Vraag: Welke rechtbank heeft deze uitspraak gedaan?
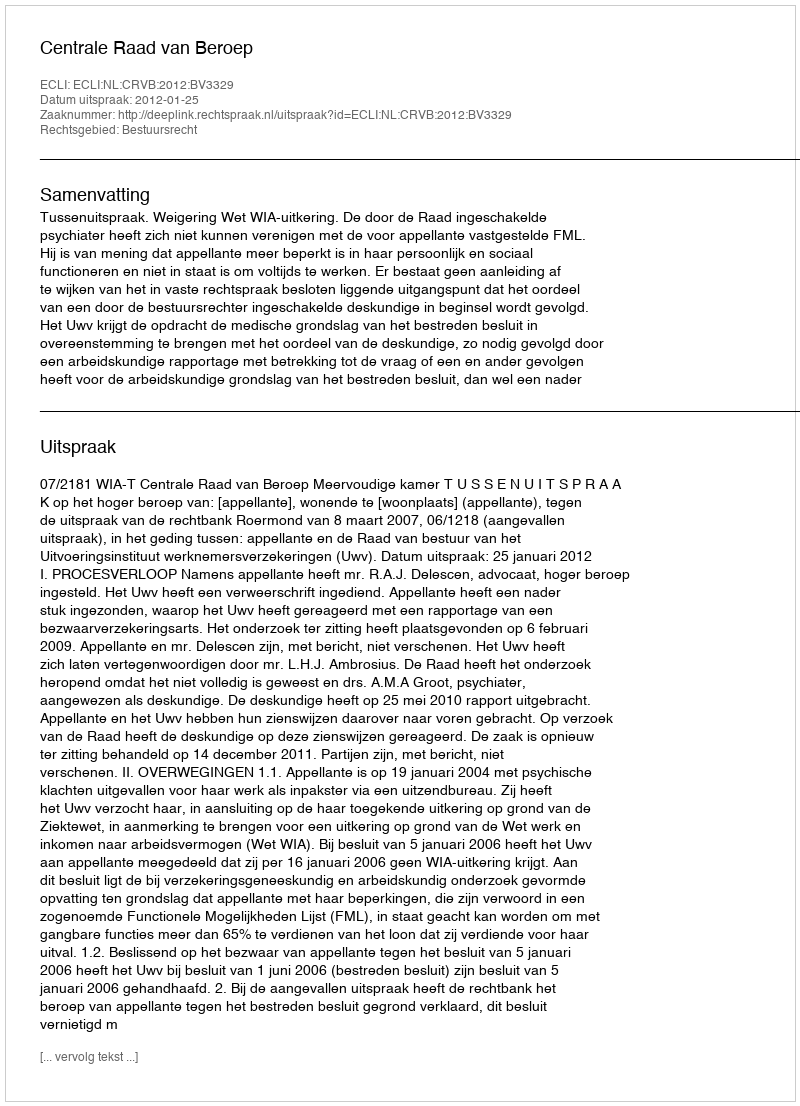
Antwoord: Centrale Raad van Beroep